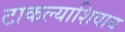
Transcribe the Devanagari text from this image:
टाकल्याशिवाय